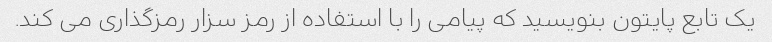
یک تابع پایتون بنویسید که پیامی را با استفاده از رمز سزار رمزگذاری می کند.